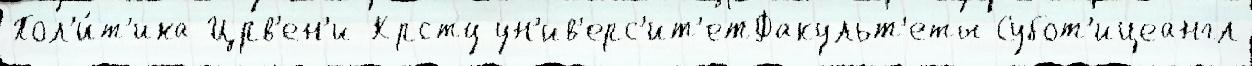
Пол'и́т'ика Црв'ен'и-Крсту ун'ив'ерс'ит'етФакульт'еты Субот'ицеангл